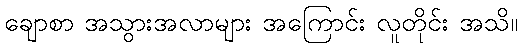
ချောစာ အသွားအလာများ အကြောင်း လူတိုင်း အသိ။